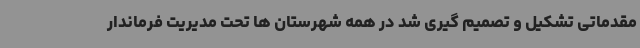
مقدماتی تشکیل و تصمیم گیری شد در همه شهرستان ها تحت مدیریت فرماندار